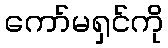
ကော်မရှင်ကို